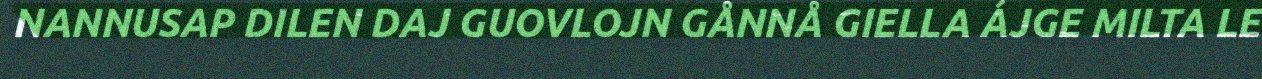
NANNUSAP DILEN DAJ GUOVLOJN GÅNNÅ GIELLA ÁJGE MILTA LE